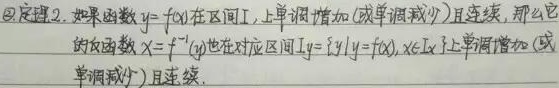
\textcircled{2} 定理 2. 如果函数 \(y = f(x)\) 在区间 \(I_x\) 上单调增加（或单调减少）且连续，那么它的反函数 \(x = f^{-1}(y)\) 也在对应区间 \(I_y=\{y|y = f(x),x\in I_x\}\) 上单调增加（或单调减少）且连续.